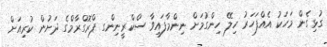
ގުޅިގެން މަހަކު އެއްފަހަރު ހިލޭ ހިންގުމަށް ނިންމާފައިވާ ސްކްރީނިންގ ޕްރޮގްރާމްގެ ދަށުން ކުރިއަށް